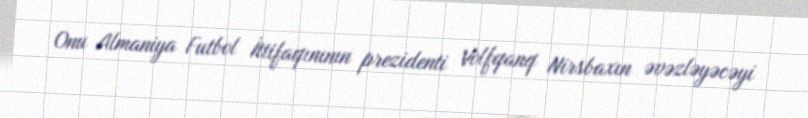
Onu Almaniya Futbol İttifaqınının prezidenti Volfqanq Nirsbaxın əvəzləyəcəyi